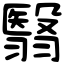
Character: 翳